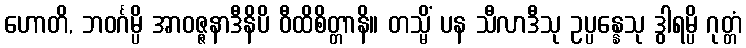
ဟောတိ, ဘဝင်္ဂမ္ပိ အာဝဇ္ဇနာဒီနိပိ ဝီထိစိတ္တာနိ။ တသ္မိံ ပန သီလာဒီသု ဥပ္ပန္နေသု ဒွါရမ္ပိ ဂုတ္တံ